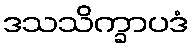
ဒသသိက္ခာပဒံ